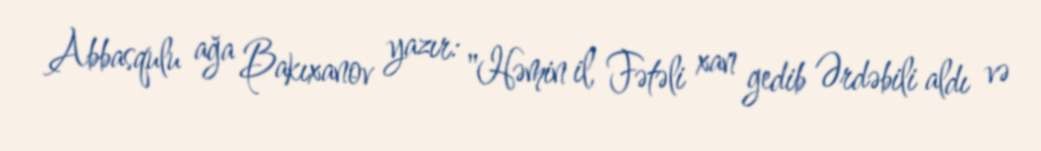
Abbasqulu ağa Bakıxanov yazır: "Həmin il, Fətəli xan gedib Ərdəbili aldı və